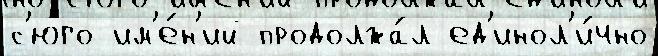
с'юго им'е́н'ий продолжа́л ед'инол'и́чно